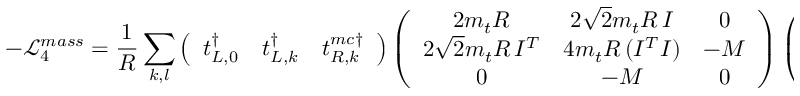
- { \mathcal L } _ { 4 } ^ { m a s s } = \frac { 1 } { R } \sum _ { k , l } \left( \begin{array} { c c c } { { t _ { L , 0 } ^ { \dagger } } } & { { t _ { L , k } ^ { \dagger } } } & { { t _ { R , k } ^ { m c \dagger } } } \end{array} \right) \left( \begin{array} { c c c } { { 2 m _ { t } R } } & { { 2 \sqrt { 2 } m _ { t } R \, I } } & { { 0 } } \\ { { 2 \sqrt { 2 } m _ { t } R \, I ^ { T } } } & { { 4 m _ { t } R \, ( I ^ { T } I ) } } & { { - M } } \\ { { 0 } } & { { - M } } & { { 0 } } \end{array} \right) \left( \begin{array} { c } { { t _ { R , 0 } } } \\ { { t _ { R , l } } } \\ { { t _ { L , l } ^ { m c } } } \end{array} \right) + \, h . c .